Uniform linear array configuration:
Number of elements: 24
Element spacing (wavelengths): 1
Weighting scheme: binomial
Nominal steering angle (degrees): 30
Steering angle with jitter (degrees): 28.47
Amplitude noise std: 0.05
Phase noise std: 0.05

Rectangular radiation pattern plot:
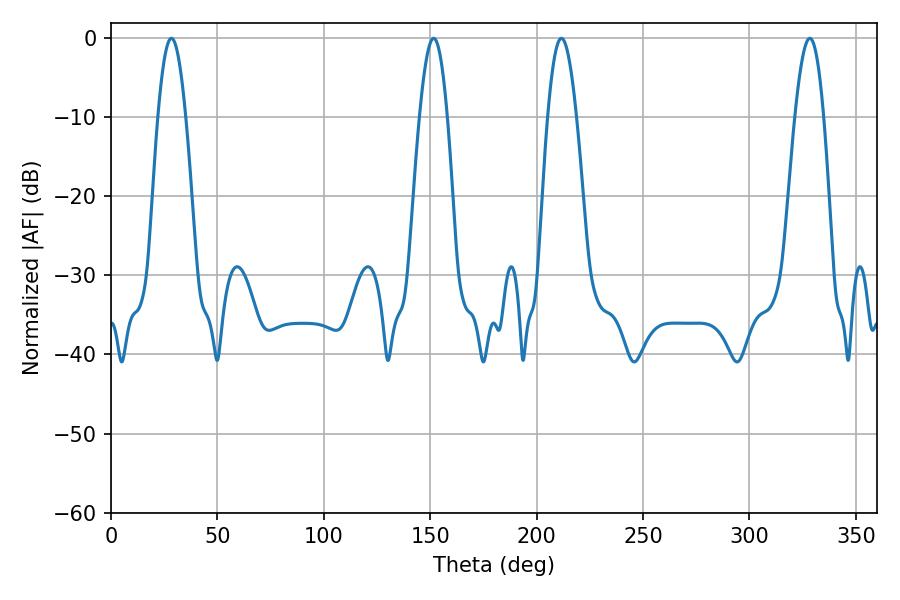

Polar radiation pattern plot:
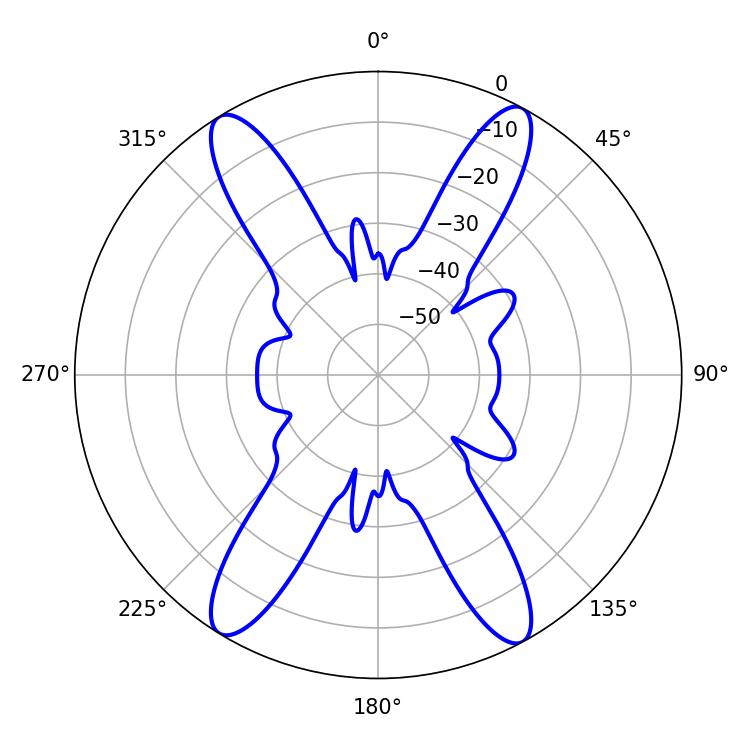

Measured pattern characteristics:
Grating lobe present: TRUE
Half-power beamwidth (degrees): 7.38
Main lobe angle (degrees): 211.68